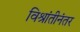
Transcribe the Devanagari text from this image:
विश्रांतीनंतर